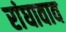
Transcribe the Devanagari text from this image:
रांघावाव